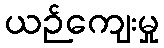
ယဉ်ကျေးမှု